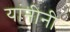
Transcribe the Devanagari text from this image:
यांनीनी